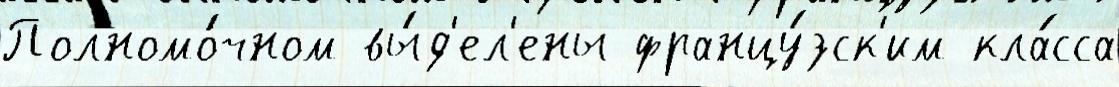
Полномо́чном вы́д'ел'ены францу́зск'им кла́сса